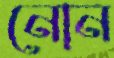
নোন